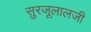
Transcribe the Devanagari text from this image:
सुरजूलालजी